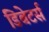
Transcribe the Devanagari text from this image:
डिबेटर्स